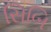
સિબિ